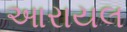
આરાયલ